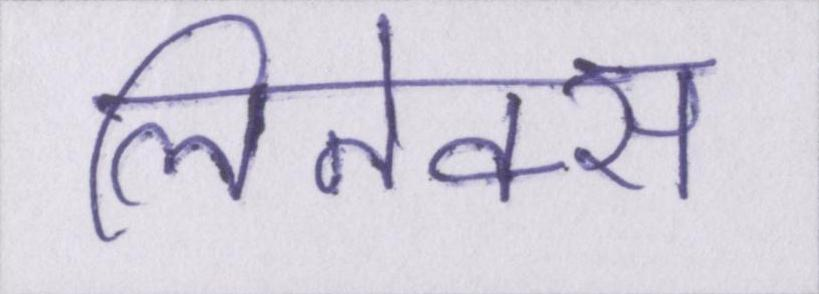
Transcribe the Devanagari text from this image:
लिनेक्स